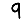
Digit: 9